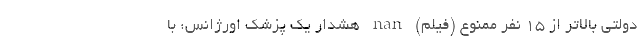
دولتی بالاتر از 15 نفر ممنوع (فیلم) nan هشدار یک پزشک اورژانس: با